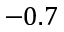
- 0 . 7